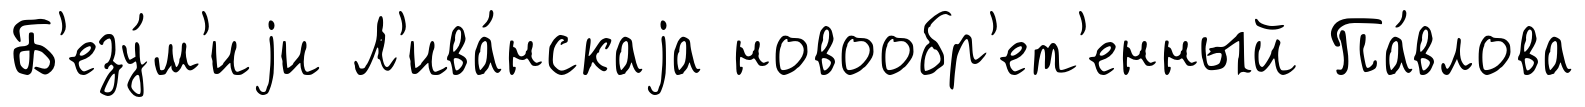
Б'езу́м'иjи Л'ива́нскаjа новообр'ет'енный Па́влова